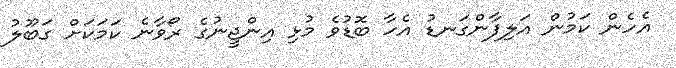
އެހެން ކަމުން އަލިފާންގަނޑު އެހާ ބޮޑުވެ މުޅި އިންޖީނުގެ ރޯވާނެ ކަމަކަށް ގަބޫލު